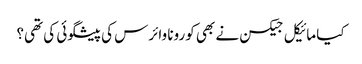
کیا مائیکل جیکسن نے بھی کورونا وائرس کی پیشگوئی کی تھی؟